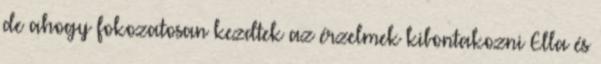
de ahogy fokozatosan kezdtek az érzelmek kibontakozni Ella és